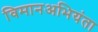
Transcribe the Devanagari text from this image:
विमानअभियंता